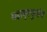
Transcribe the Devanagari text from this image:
महामृत्युजंय